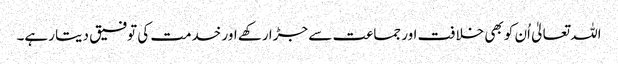
اللہ تعالیٰ اُن کو بھی خلافت اور جماعت سے جڑا رکھے اور خدمت کی توفیق دیتا رہے۔